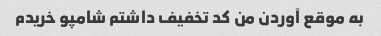
به موقع آوردن من کد تخفیف داشتم شامپو خریدم